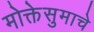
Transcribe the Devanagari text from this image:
मोक्तेसुमाचे